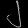
Digit: ၂